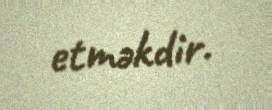
etməkdir.